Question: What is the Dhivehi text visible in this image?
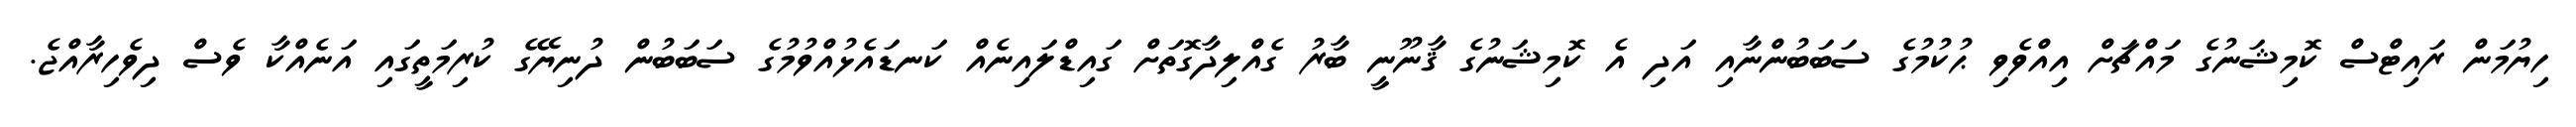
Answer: ހިޔުމަން ރައިޓްސް ކޮމިޝަނުގެ މައްޗަށް އިއްވެވި ޙުކުމުގެ ސަބަބުންނާއި އަދި އެ ކޮމިޝަނުގެ ޤާނޫނީ ބާރު ގެއްލިދާގޮތަށް ގައިޑްލައިނެއް ކަނޑައެޅުއްވުމުގެ ސަބަބުން ދުނިޔޭގެ ކުރިމަތީގައި އަނެއްކާ ވެސް ދިވެހިރާއްޖެ.